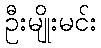
ဦးမျိုးမင်း